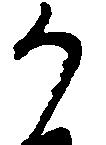
か